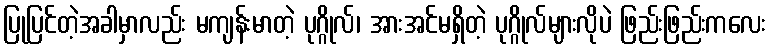
ပြုပြင်တဲ့အခါမှာလည်း မကျန်းမာတဲ့ ပုဂ္ဂိုလ်၊ အားအင်မရှိတဲ့ ပုဂ္ဂိုလ်များလိုပဲ ဖြည်းဖြည်းကလေး